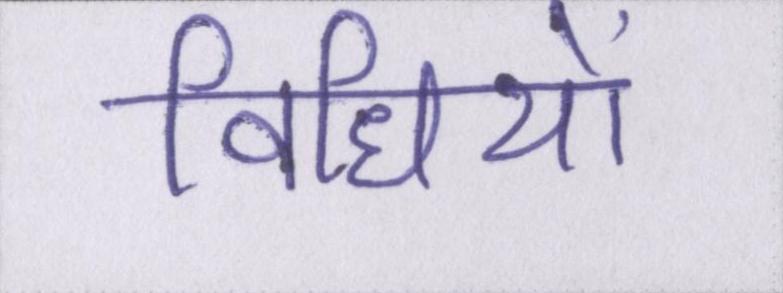
विधियों